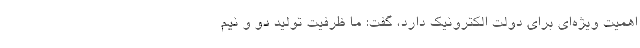
اهمیت ویژه‌ای برای دولت الکترونیک دارد، گفت: ما ظرفیت تولید دو و نیم